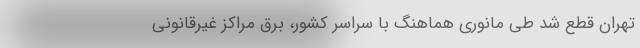
تهران قطع شد طی مانوری هماهنگ با سراسر کشور، برق مراکز غیرقانونی